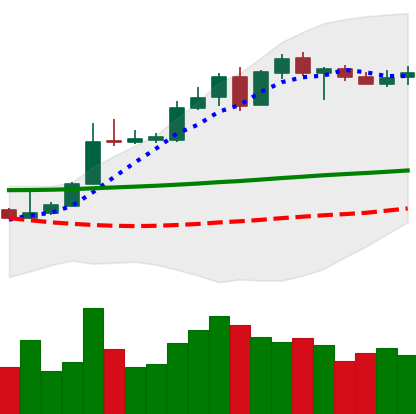
Ticker: XLM-USD
Chart end date: 2020-05-08
Forward return: -4.576%
Label: down_3_5